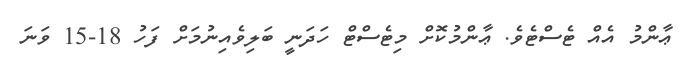
ޢާންމު އެއް ޓެސްޓެވެ. ޢާންމުކޮށް މިޓެސްޓް ހަދަނީ ބަލިވެއިނުމަށް ފަހު 18-15 ވަނަ